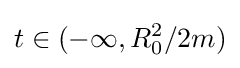
t\in (-\infty ,R_{0}^{2}/2m)